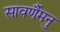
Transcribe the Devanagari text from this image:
सावर्णैमनु